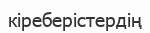
кіреберістердің